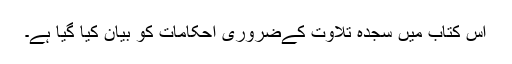
اس کتاب میں سجدہ تلاوت کےضروری احکامات کو بیان کیا گیا ہے۔